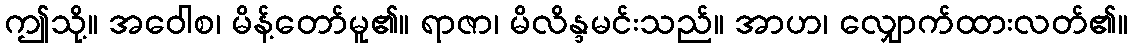
ဤသို့။ အဝေါစ၊ မိန့်တော်မူ၏။ ရာဇာ၊ မိလိန္ဒမင်းသည်။ အာဟ၊ လျှောက်ထားလတ်၏။